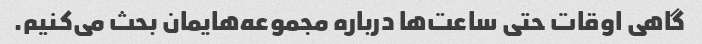
گاهی اوقات حتی ساعت‌ها درباره مجموعه‌هایمان بحث می‌کنیم.